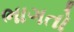
ભાગતો